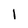
Character: 1